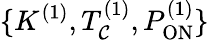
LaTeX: \{ K^{(1)},T_{\mathcal{C}}^{(1)},P_{\mathrm{{ON}}}^{(1)}\}